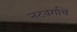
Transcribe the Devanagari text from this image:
नटवर्गाचे